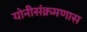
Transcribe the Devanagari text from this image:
योनीसंक्रमणास